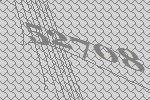
52708